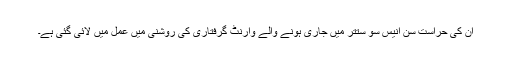
اُن کی حراست سن اُنیس سو ستتر میں جاری ہونے والے وارنٹ گرفتاری کی روشنی میں عمل میں لائی گئی ہے۔